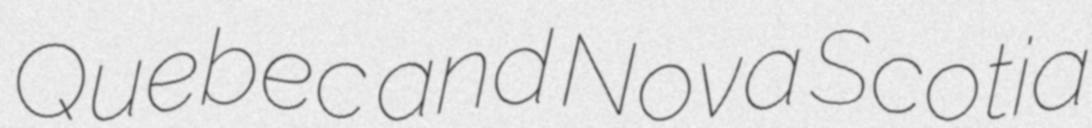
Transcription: Quebec and Nova Scotia